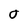
Character: 0